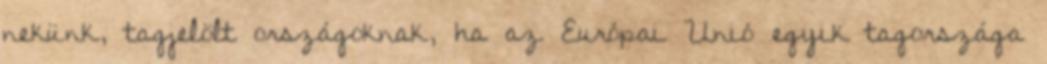
nekünk, tagjelölt országoknak, ha az Európai Unió egyik tagországa